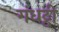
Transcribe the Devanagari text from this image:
गंधट्ठी